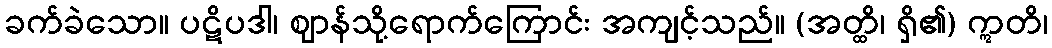
ခက်ခဲသော။ ပဋိပဒါ၊ ဈာန်သို့ရောက်ကြောင်း အကျင့်သည်။ (အတ္ထိ၊ ရှိ၏) ဣတိ၊